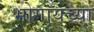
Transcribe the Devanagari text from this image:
भोगायच्या